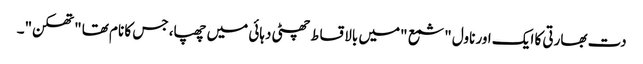
دت بھارتی کا ایک اور ناول "شمع "میں بالاقساط چھٹی دہائی میں چھپا، جس کا نام تھا "تھکن"۔